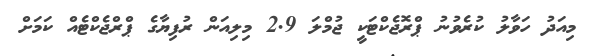
މިއަދު ހަވާލު ކުރެވުނު ޕްރޮޖެކްޓަކީ ޖުމްލަ 2.9 މިލިއަން ރުފިޔާގެ ޕްރްޖެކްޓެއް ކަމަށް